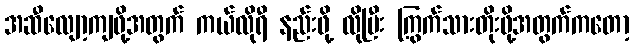
အဆီလျော့ကျဖို့အတွက် ကယ်လိုရီ နည်းဖို့ လိုပြီး ကြွက်သားတိုးဖို့အတွက်ကတော့